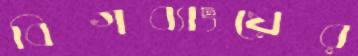
বিগব্যাংয়ের